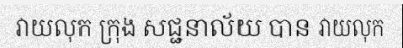
វាយលុក ក្រុង សជ្ជនាល័យ បាន វាយលុក